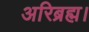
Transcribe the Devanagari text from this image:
अरिब्रह्म।